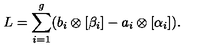
L = \sum _ { i = 1 } ^ { g } ( b _ { i } \otimes [ \beta _ { i } ] - a _ { i } \otimes [ \alpha _ { i } ] ) .